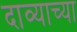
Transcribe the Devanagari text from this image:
दाव्याच्या